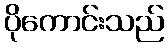
ပိုကောင်းသည်